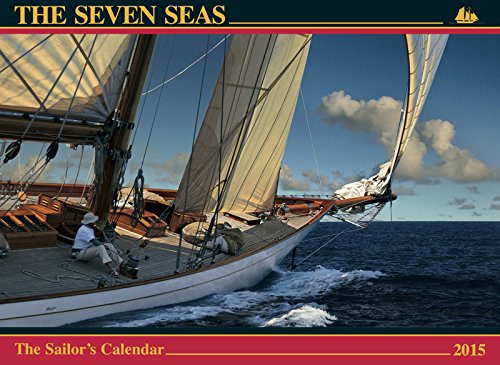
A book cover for The Seven Seas Calendar 2015: The Sailor's Calendar (Thirty-First Edition); Ferenc MÃ¡tÃ©; Calendars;